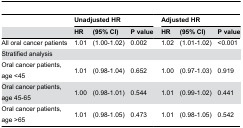
|  | <COLSPAN=3> Unadjusted HR |  | <COLSPAN=3> Adjusted HR |
 |  | HR | (95% CI) | P value |  | HR | (95% CI) | P value |
 | --- | --- | --- | --- | --- | --- | --- | --- |
 | All oral cancer patients | 1.01 | (1.00-1.02) | 0.002 |  | 1.02 | (1.01-1.02) | <0.001 |
 | Stratified analysis |  |  |  |  |  |  |  |
 | Oral cancer patients, age <45 | 1.01 | (0.98-1.04) | 0.652 |  | 1.00 | (0.97-1.03) | 0.919 |
 | Oral cancer patients, age 45-65 | 1.00 | (0.98-1.01) | 0.544 |  | 1.01 | (0.99-1.02) | 0.441 |
 | Oral cancer patients, age >65 | 1.01 | (0.98-1.05) | 0.473 |  | 1.01 | (0.98-1.05) | 0.542 |